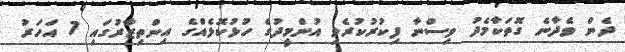
ދެން ވެދާނެ ގޮތަކާމެދު ވިސްނާ ފިކުރުކުރެވި އުންމީދުގެ ހުޅުކޮޅެއްގެ އިންތިޒާރުގައި 7 އަހަރު